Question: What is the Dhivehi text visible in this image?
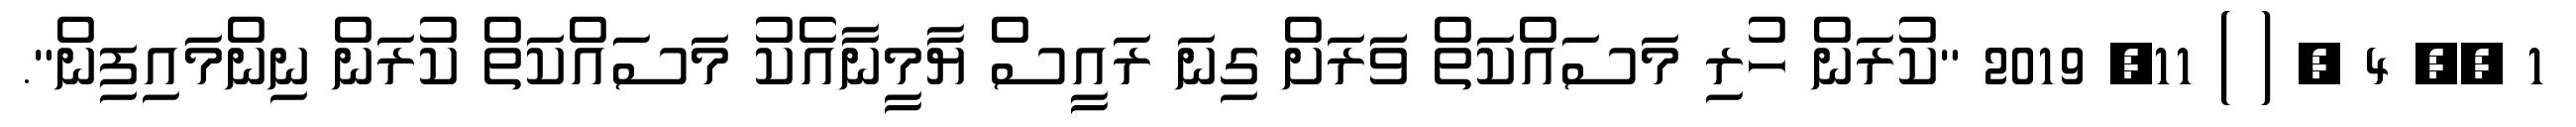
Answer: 1 ?? 4 ? ( ) 11, 2019 "ކުރަން ހުރި މަސައްކަތް ވަަރަށް ގިނަ ރައީސް ޔާމީނާއެކު މަސައްކަތް ކުރަން ނިންމައިފިން".